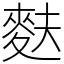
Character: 麩